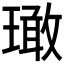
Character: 𱯨